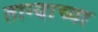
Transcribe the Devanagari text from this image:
ताग्याच्या